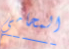
المحامي